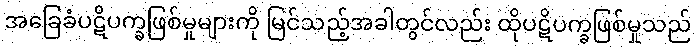
အခြေခံပဋိပက္ခဖြစ်မှုများကို မြင်သည့်အခါတွင်လည်း ထိုပဋိပက္ခဖြစ်မှုသည်